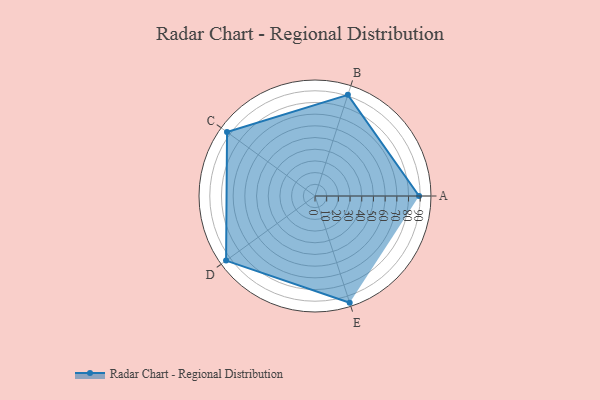
{"axis": {"x": "Skill", "y": "Score"}, "legend": ["Profile"], "data": [{"x": "A", "y": 89.0, "type": "Profile"}, {"x": "B", "y": 91.0, "type": "Profile"}, {"x": "C", "y": 93.0, "type": "Profile"}, {"x": "D", "y": 94.0, "type": "Profile"}, {"x": "E", "y": 96.0, "type": "Profile"}]}